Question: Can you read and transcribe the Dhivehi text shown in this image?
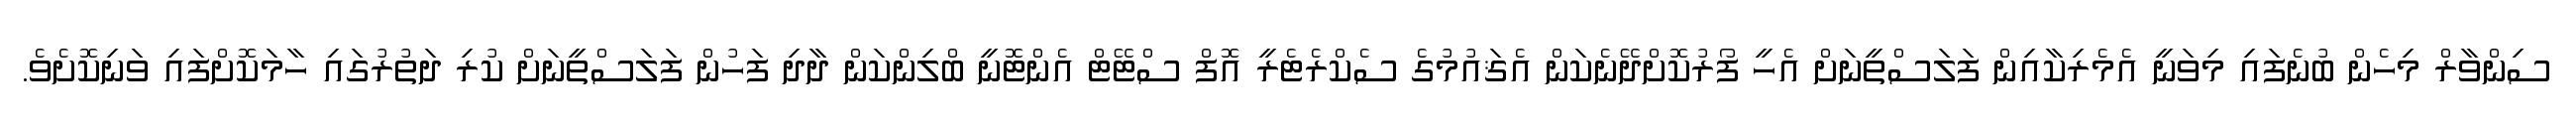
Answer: ސިންވާރް މިހެން ބުނެފައި މިވަނީ އެމެރިކާއިން ފަލަސްތީނަށް އެހީ ފޯރުކޮށްދޭނެކަން އެޤައުމުގެ ސެކްރެޓެރީ އޮފް ސްޓޭޓް އެންޓޮނީ ބްލިންކަން ދާދި ފަހުން ފަލަސްތީނަށް ކުރި ދަތުރުގައި ހާމަކޮށްފައި ވަނިކޮށެވެ.